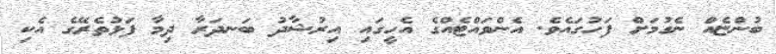
ބުންޏެއް ނެގުމަށް ފަހުގައެވެ. އެންވައްޓެއްގެ އެހީގައި އިރުޝާދު ބަނދަރާ ދިމާ ފަޅުތެރޭގެ އެކި